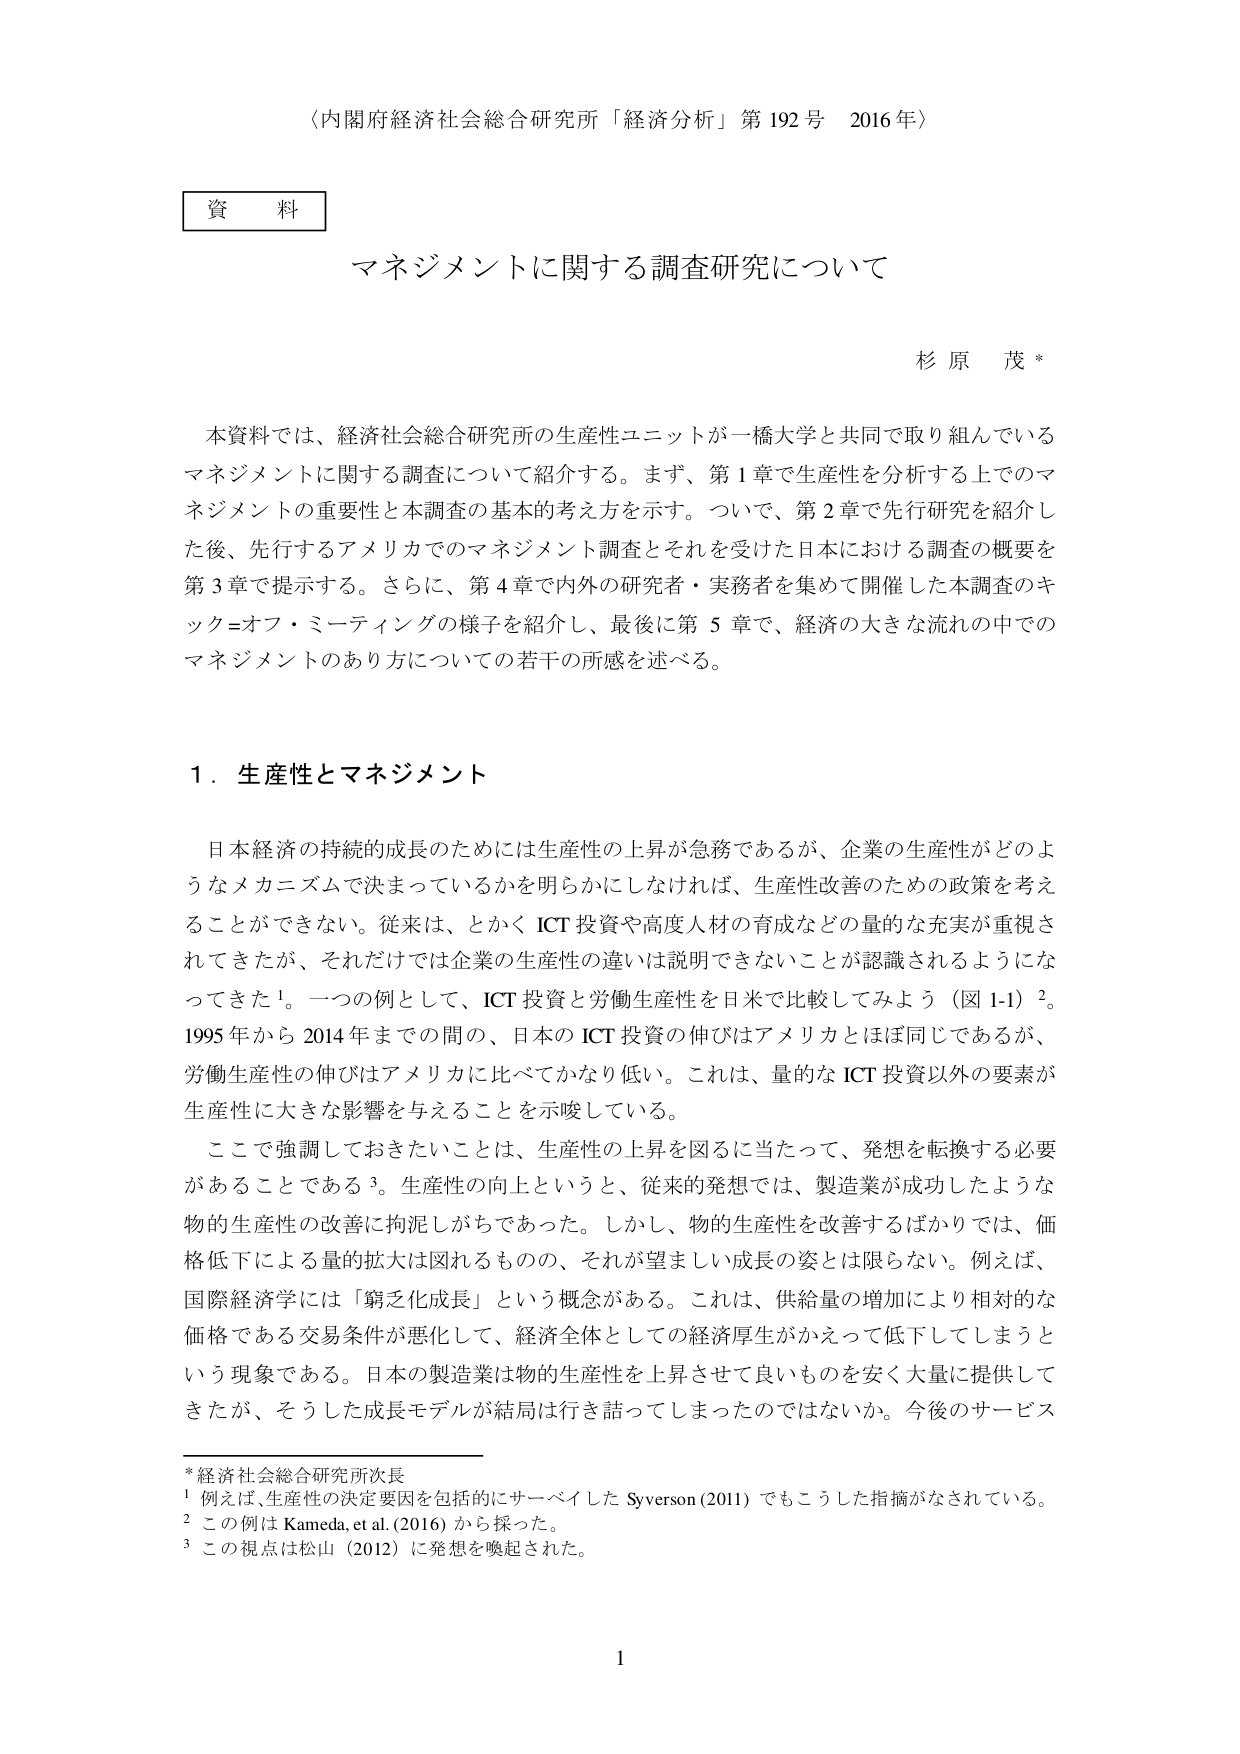
〈内閣府経済社会総合研究所「経済分析」第192号 2016年〉

資料

マネジメントに関する調査研究について

杉原 茂*

本資料では、経済社会総合研究所の生産性ユニットが一橋大学と共同で取り組んでいるマネジメントに関する調査について紹介する。まず、第1章で生産性を分析する上でのマネジメントの重要性と本調査の基本的考え方を示す。ついで、第2章で先行研究を紹介した後、先行するアメリカでのマネジメント調査とそれを受けた日本における調査の概要を第3章で提示する。さらに、第4章で内外の研究者・実務者を集めて開催した本調査のキック=オフ・ミーティングの様子を紹介し、最後に第5章で、経済の大きな流れの中でのマネジメントのあり方についての若干の所感を述べる。

1．生産性とマネジメント

日本経済の持続的成長のためには生産性の上昇が急務であるが、企業の生産性がどのようなメカニズムで決まっているかを明らかにしなければ、生産性改善のための政策を考えることができない。従来は、とかくICT投資や高度人材の育成などの量的な充実が重視されてきたが、それだけでは企業の生産性の違いは説明できないことが認識されるようになってきた¹。一つの例として、ICT投資と労働生産性を日米で比較してみよう（図1-1）²。1995年から2014年までの間の、日本のICT投資の伸びはアメリカとほぼ同じであるが、労働生産性の伸びはアメリカに比べてかなり低い。これは、量的なICT投資以外の要素が生産性に大きな影響を与えることを示唆している。

ここで強調しておきたいことは、生産性の上昇を図るに当たって、発想を転換する必要があることである³。生産性の向上というと、従来の発想では、製造業が成功したような物的生産性の改善に拘泥しがちであった。しかし、物的生産性を改善するばかりでは、価格低下による量的拡大は図れるものの、それが望ましい成長の姿とは限らない。例えば、国際経済学には「窮乏化成長」という概念がある。これは、供給量の増加により相対的な価格である交易条件が悪化して、経済全体としての経済厚生がかえって低下してしまうという現象である。日本の製造業は物的生産性を上昇させて良いものを安く大量に提供してきたが、そうした成長モデルが結局は行き詰ってしまったのではないか。今後のサービス

*経済社会総合研究所次長
¹例えば、生産性の決定要因を包括的にサーベイしたSyverson（2011）でもこうした指摘がなされている。
²この例はKameda, et al.（2016）から採った。
³この視点は松山（2012）に発想を喚起された。

1